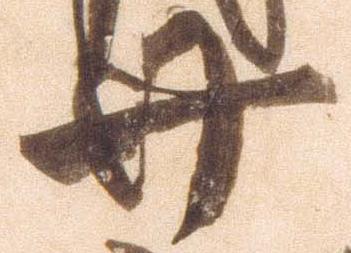
廿